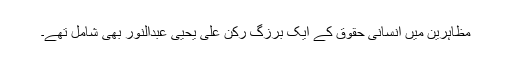
مظاہرین میں انسانی حقوق کے ایک برزگ رکن علی یحیی عبدالنور بھی شامل تھے۔